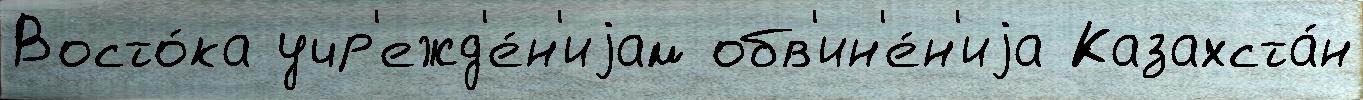
Восто́ка учр'ежд'е́н'иjам обв'ин'е́н'иjа Казахста́н